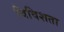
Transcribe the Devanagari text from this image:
विविशता